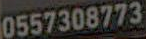
0557308773